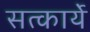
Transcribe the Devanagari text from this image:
सत्कार्ये